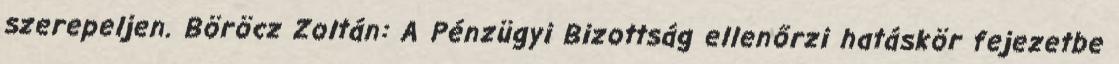
szerepeljen. Böröcz Zoltán: A Pénzügyi Bizottság ellenőrzi hatáskör fejezetbe